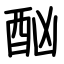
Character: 酗